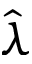
\hat { \lambda }